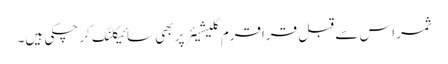
ثمر اس سے قبل قراقرم گلیشیئر پر بھی سائیکلنگ کر چکی ہیں۔